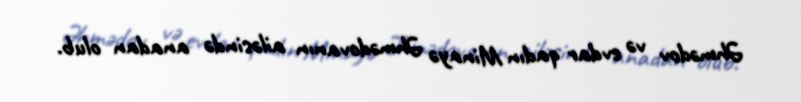
Əhmədov və evdar qadın Minayə Əhmədovanın ailəsində anadan olub.